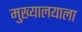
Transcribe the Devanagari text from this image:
मुख्यालयाला